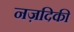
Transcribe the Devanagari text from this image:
नज़दिकी